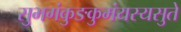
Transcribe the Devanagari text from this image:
सुभगंकुङकुमंयस्यसुते